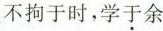
不拘于时，学于余